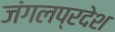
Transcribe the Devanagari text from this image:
जंगलप्रदेश